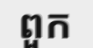
ពួក